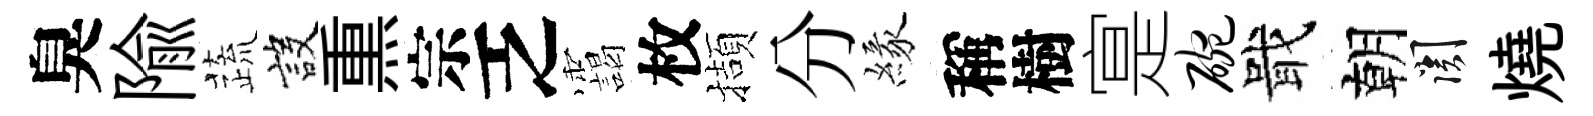
臭隃蔬設𤋱宗乏靄枚擷分緣稱樹寔碗戢朝關燒